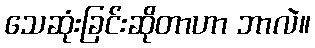
သေဆုံးခြင်းဆိုတာဟာ ဘာလဲ။